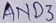
Text: AND3